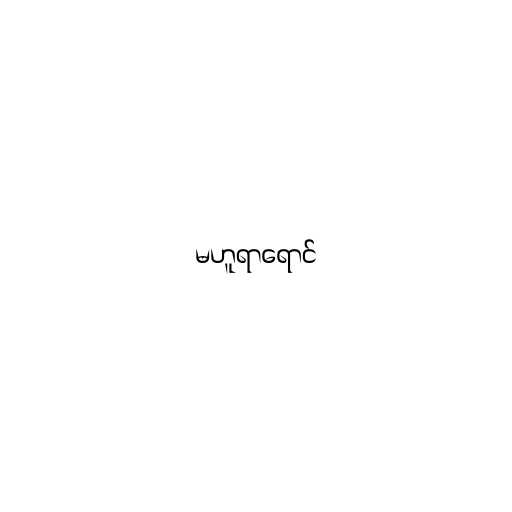
မဟူရာရောင်